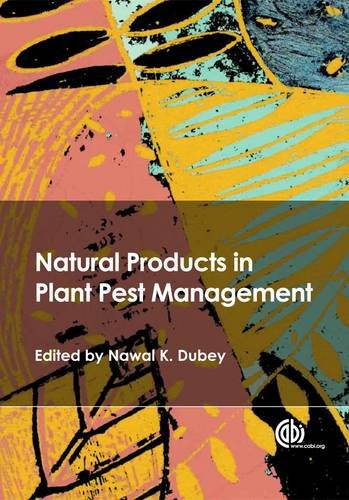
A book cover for Natural Products in Plant Pest Management; Science & Math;